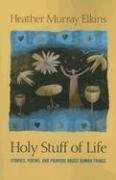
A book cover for Holy Stuff of Life: Stories, Poems, And Prayers About Human Things; Heather Murray Elkins; Religion & Spirituality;